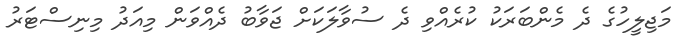
މަޖިލީހުގެ ދެ މެންބަރަކު ކުރެއްވި ދެ ސުވާލަކަށް ޖަވާބު ދެއްވަން މިއަދު މިނިސްޓަރު